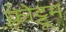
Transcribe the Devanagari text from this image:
कोट्टूम